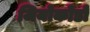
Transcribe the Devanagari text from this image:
जियोकोंडो